Report of the Indian Hemp Drugs Commission, 1894-1895 - Volume I
Year: 1894
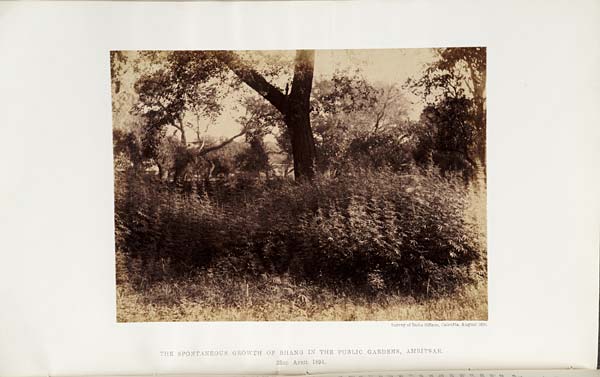
Survey of India Offices, Calcutta, August 1894.
THE SPONTANEOUS GROWTH OF BHANG IN THE PUBLIC GARDENS, AMRITSAR.
23RD
APRIL
1894.